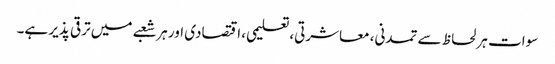
سوات ہر لحاظ سے تمدنی، معاشرتی، تعلیمی، اقتصادی اور ہر شعبے میں ترقی پذیر ہے۔